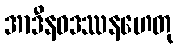
အာဒီနဝဒဿနဟေတု